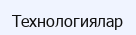
Технологиялар